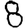
Digit: 8